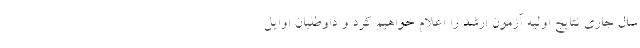
سال جاری نتایج اولیه آزمون ارشد را اعلام خواهیم کرد و داوطلبان اوایل